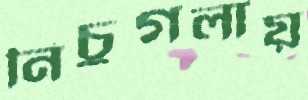
নিচুগলায়